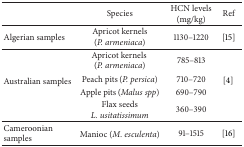
<table><thead><tr><td><b> </b></td><td><b>Species</b></td><td><b>HCN levels (mg/kg)</b></td><td><b>Ref</b></td></tr></thead><tbody><tr><td>Algerian samples</td><td>Apricot kernels (<i>P. armeniaca</i>)</td><td>1130–1220</td><td> [15]</td></tr><tr><td rowspan="4">Australian samples</td><td>Apricot kernels (<i>P. armeniaca</i>)</td><td>785–813</td><td rowspan="4">[4]</td></tr><tr><td>Peach pits (<i>P. persica</i>)</td><td>710–720</td></tr><tr><td>Apple pits (<i>Malus spp</i>)</td><td>690–790</td></tr><tr><td>Flax seeds <i>L. usitatissimum </i></td><td>360–390</td></tr><tr><td>Cameroonian samples</td><td> Manioc (<i>M. esculenta</i>)</td><td>91–1515</td><td>[16]</td></tr></tbody></table>